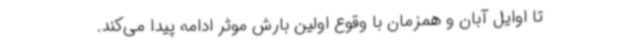
تا اوایل آبان و همزمان با وقوع اولین بارش موثر ادامه پیدا می‌کند.